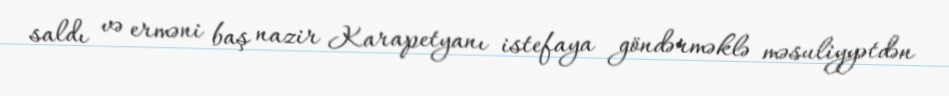
saldı və erməni baş nazir Karapetyanı istefaya göndərməklə məsuliyyətdən